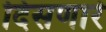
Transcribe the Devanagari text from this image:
दिसणारं